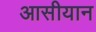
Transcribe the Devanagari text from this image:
आसीयान